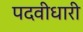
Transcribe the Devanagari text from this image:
पदवीधारी